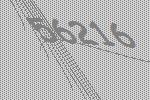
56216